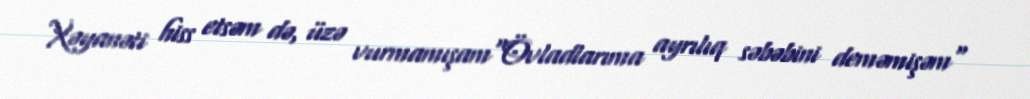
Xəyanəti hiss etsəm də, üzə vurmamışam"Övladlarıma ayrılıq səbəbini deməmişəm"